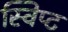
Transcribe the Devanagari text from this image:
स्विप्ट